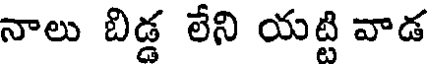
నాలు బిడ్డ లేని యట్టి వాడ